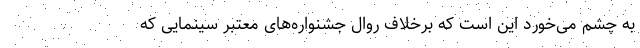
به چشم می‌خورد این است که برخلاف روال جشنواره‌های معتبر سینمایی که